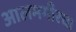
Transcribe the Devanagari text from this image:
आलमगीरचा